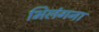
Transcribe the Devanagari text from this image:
भिलंगना